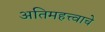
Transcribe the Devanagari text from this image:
अतिमहत्त्वाचे